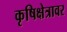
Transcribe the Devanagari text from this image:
कृषिक्षेत्रावर